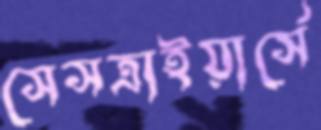
সেসত্রাইয়ার্সে